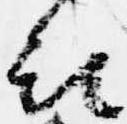
被